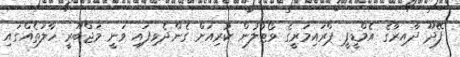
ފޭދޫ ދާއިރާގެ އެމްޑީޕީ ޕްރައިމަރީގެ ވޯޓުލުން ކުރިއަށް ގެންދެވިފައި ވަނީ މަޖްބޫރީ ހާލަތެއްގައި